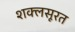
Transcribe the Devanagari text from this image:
शक्लसूरत